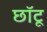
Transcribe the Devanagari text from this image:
छॉटू